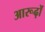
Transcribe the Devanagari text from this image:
आरूढ़ों